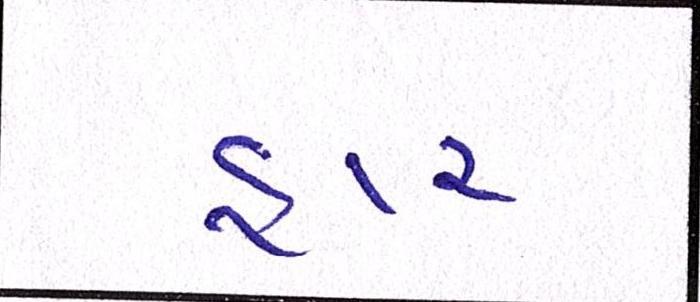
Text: હાર